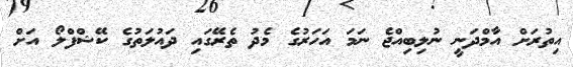
އިތުރަށް އާމްދަނީ ނުލިބިއްޖެ ނަމަ އަހަރުގެ މެދު ތެރޭގައި ދައުލަތުގެ ކޭޝްފްލޯ އަށް